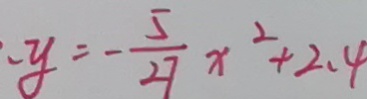
- y = - \frac { 5 } { 2 7 } x ^ { 2 } + 2 . 4